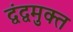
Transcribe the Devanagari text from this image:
द्वंद्वमुक्त